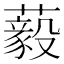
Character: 藙